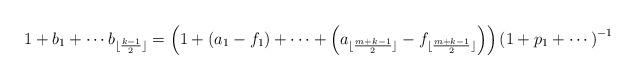
LaTeX: \begin{align*} 1+b_1+\cdots b_{\lfloor\frac{k-1}{2}\rfloor}=\left(1+\left(a_1-f_1\right)+\cdots+\left(a_{\lfloor\frac{m+k-1}{2}\rfloor}-f_{\lfloor\frac{m+k-1}{2}\rfloor}\right) \right)\left(1+{p}_1+\cdots\right)^{-1} \end{align*}